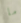
ما